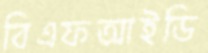
বিএফআইডি